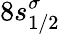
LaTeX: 8s_{1/2}^{\sigma}